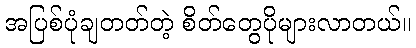
အပြစ်ပုံချတတ်တဲ့ စိတ်တွေပိုများလာတယ်။